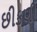
છીકણી